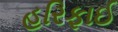
હરિફાઈ